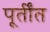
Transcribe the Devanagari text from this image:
पूर्तींत